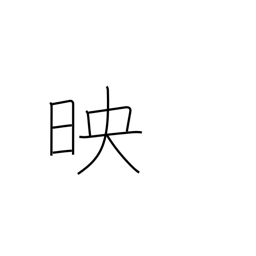
Meaning: projection